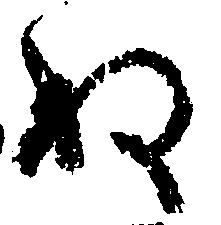
ぬ